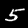
Label: 5